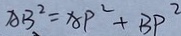
A B ^ { 2 } = A P ^ { 2 } + B P ^ { 2 }